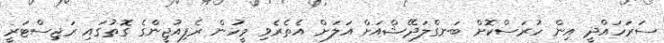
ސަރަހައްދީ އިން ހުރަސްކޮށް ބަނގްލަދޭޝްއަށް އަލަށް އެތެރެވި މީހުން ރެފިއުޖީންގެ ގޮތުގައި ރަޖިސްޓަރީ